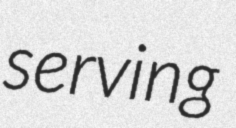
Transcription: serving